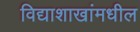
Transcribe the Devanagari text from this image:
विद्याशाखांमधील